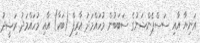
އަނިޔާ އާއި ސަސްޕެންޝަނުގެ ސަބަބުން މުހައްމަދު އާރިފް (ބަކާ) އާއި މުހައްމަދު ރަޝީދު